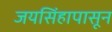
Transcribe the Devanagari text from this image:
जयसिंहापासून